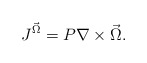
\begin{align*}J^{\vec \Omega}=P\nabla \times \vec \Omega.\end{align*}